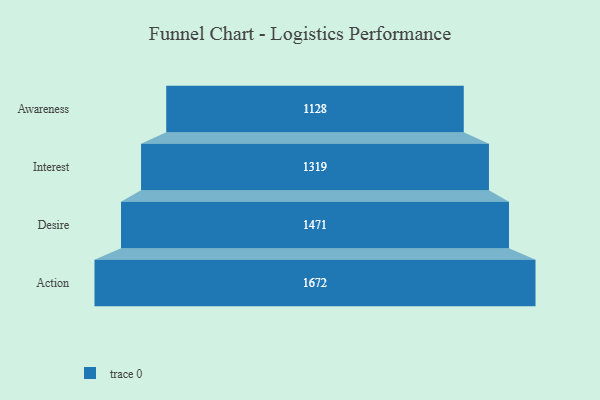
{"axis": {"x": "Stage", "y": "Value"}, "legend": [""], "data": [{"x": "Awareness", "y": 1128.0, "type": ""}, {"x": "Interest", "y": 1319.0, "type": ""}, {"x": "Desire", "y": 1471.0, "type": ""}, {"x": "Action", "y": 1672.0, "type": ""}]}